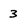
Character: 3